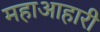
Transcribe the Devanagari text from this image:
महाआहारी